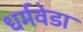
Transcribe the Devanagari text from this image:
धर्मवेडा